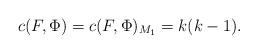
LaTeX: \begin{align*} c(F,\Phi) = c(F,\Phi)_{M_1}= k(k-1).\end{align*}